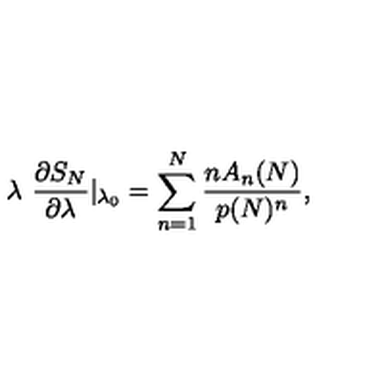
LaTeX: \lambda \ { \frac { \partial S _ { N } } { \partial \lambda } } | _ { \lambda _ { 0 } } = \sum _ { n = 1 } ^ { N } { \frac { n A _ { n } ( N ) } { p ( N ) ^ { n } } } ,